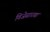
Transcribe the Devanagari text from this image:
विजेसारखा